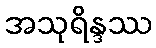
အသုရိန္ဒဿ